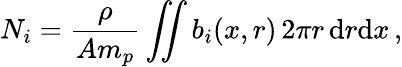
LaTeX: N_{i}=\frac{\rho}{Am_{p}}\iint b_{i}(x,r)\, 2\pi r\, \textup dr\textup dx\, ,